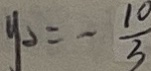
y _ { 2 } = - \frac { 1 0 } { 3 }